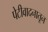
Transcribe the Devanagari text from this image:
पेटीवादनातून